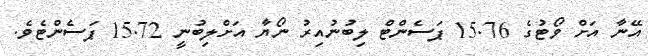
އޭނާ އަށް ވޯޓުގެ 15.76 ޕަސެންޓް ލިބުނުއިރު ނޯޔާ އަށްލިބުނީ 15.72 ޕަސެންޓެވެ.